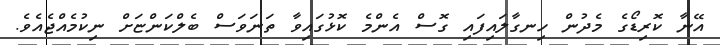
އޭނާ ކޮރިޑޯގެ މެދުން ހިނގާލައިފައި ގޮސް އެންމެ ކޮޅުގައިވާ ތަނަވަސް ބެލްކަންޏަށް ނިކުމެއްޖެއެވެ.